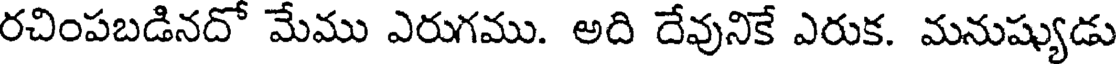
రచింపబడినదో మేము ఎరుగము. అది దేవునికే ఎరుక. మనుష్యుడు